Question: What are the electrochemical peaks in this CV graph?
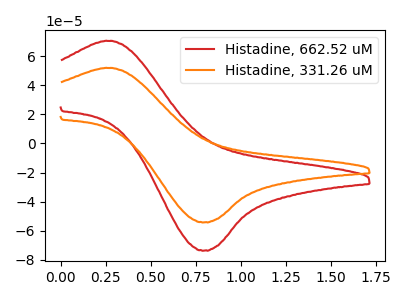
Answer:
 <answer>The red curve "Histadine, 662.52 uM" has an anodic peak at (0.25V, 70.60uA) and a cathodic peak at (0.80V, -73.70uA). The orange curve "Histadine, 331.26 uM" has an anodic peak at (0.25V, 51.95uA) and a cathodic peak at (0.80V, -54.25uA).</answer>
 <eval></eval>